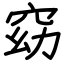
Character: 窈